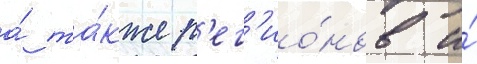
а́ та́кже р'ег'ио́нов и́